Civil Veterinary Department. Madras. Admin. report 1926-33 - 1926-1933
Year: 1926
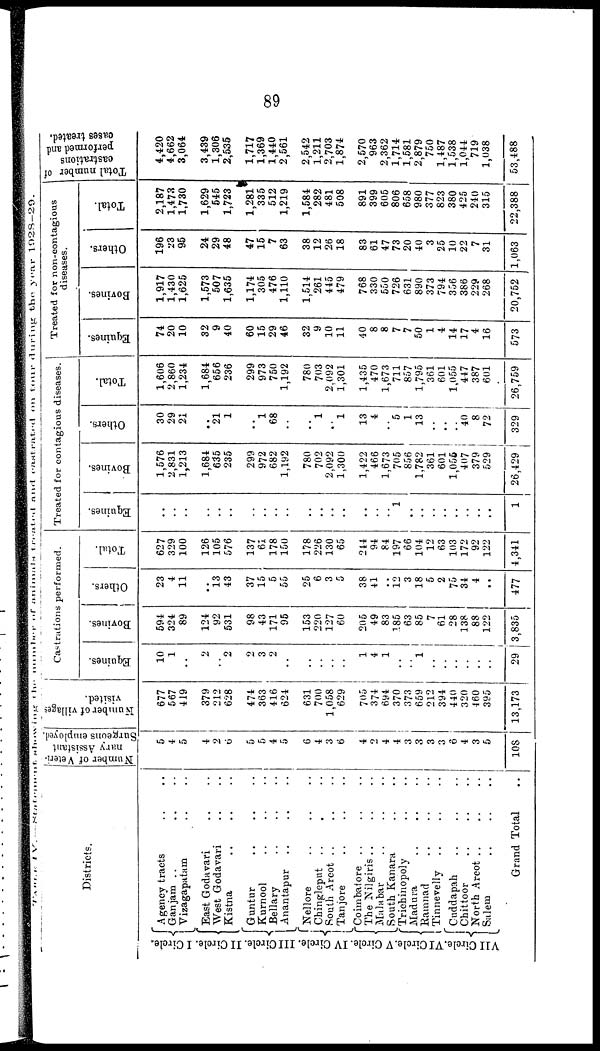
89
TABLE. IV.— Statement showing the number of animals treated and castrated on tour during the year 1928-29.
Districts.
I Circle.
II Circle.
III Circle.
IV Circle.
V Circle.
VI Circle.
VII Circle
Agency tracts .. ..
Ganjam .. .. ..
Vizagapatam .. ..
East Godavari .. ..
West Godavari .. ..
Kistna
..
..
..
Guntur .. .. ..
Kurnool .. .. ..
Bellary
..
..
..
Anantapur .. .. ..
Nellore .. .. ..
Chingleput .. .. ..
South Arcot
..
..
..
Tanjore
..
..
..
Coimbatore .. .. ..
The Nilgiris .. ..
Malabar .. .. ..
South Kanara .. .. ..
Trichinopoly .. ..
Ramnad .. .. .. ..
Tinnevelly .. .. .. ..
Cuddapah
..
..
..
Chittoor
..
..
..
North Arcot
..
..
..
Salem
..
..
..
Grand Total ..
Number of Veteri-
nary Assistant
Surgeons employed.
5
4
5
4
2
6
5
5
4
5
6
4
3
6
4
2
4
4
3
3
3
3
6
4
3
5
108
Number of villages
visited.
677
567
419
379
212
628
474
363
416
624
631
700
1,058
629
705
374
694
370
373
659
212
394
440
320
460
395
13,173
Castrations performed.
Equines.
10
1
..
2
..
2
2
3
2
..
1
4
1
..
1
..
..
..
..
..
29
Bovines.
594
324
89
124
92
531
98
43
171
95
153
220
127
60
205
49
83
185
63
85
7
61
28
138
88
122
3,835
Others.
23
4
11
..
13
43
37
15
5
55
25
6
3
5
38
41
..
12
3
18
5
2
75
34
4
..
477
Total.
627
329
100
126
105
576
137
61
178
150
178
226
130
65
244
94
84
197
66
104
12
63
103
172
92
122
4,341
Treated for contagious diseases.
Equines.
..
..
..
..
..
..
..
..
..
..
..
1
..
..
..
..
..
..
..
1
Bovines.
1,576
2,831
1,213
1,684
635
235
299
972
682
1,192
780
702
2,092
1,300
1,422
466
1,673
705
856
1,782
361
601
1,055
407
379
529
26,429
Others.
30
29
21
..
21
1
..
1
68
..
..
..
..
1
13
4
..
5
1
13
..
..
..
40
8
72
329
Total.
1,606
2,860
1,234
1,684
656
236
299
973
750
1,192
780
703
2,092
1,301
1,435
470
1,673
711
857
1,795
361
601
1,055
447
387
601
26,759
Treated for non-contagious
diseases.
Equines.
74
20
10
32
9
40
60
15
29
46
32
9
10
11
40
8
8
7
7
50
1
4
14
17
4
16
573
Bovines.
1,917
1,430
1,625
1,573
507
1,635
1,174
305
476
1,110
1,514
261
445
479
768
330
550
726
631
890
373
794
356
386
229
268
20,752
Others.
196
23
95
24
29
48
47
15
7
63
38
12
26
18
83
61
47
73
20
40
3
25
10
22
7
31
1,063
Total.
2,187
1,473
1,730
1,629
545
1,723
1,281
335
512
1,219
1,584
282
481
508
891
399
605
806
658
980
377
823
380
425
240
315
22,388
Total number of
castrations
performed and
oases treated.
4,420
4,662
3,064
3,439
1,306
2,535
1,717
1,369
1,440
2,561
2,542
1,211
2,703
1,874
2,570
963
2,362
1,714
1,581
2,879
750
1,487
1,538
1,044
719
1,038
53,488